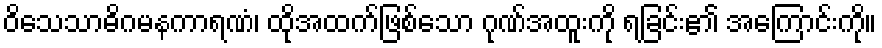
ဝိသေသာဓိဂမနကာရဏံ၊ ထိုအထက်ဖြစ်သော ဂုဏ်အထူးကို ရခြင်း၏ အကြောင်းကို။